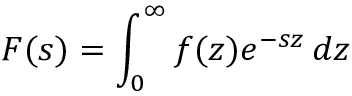
F ( s ) = \int _ { 0 } ^ { \infty } f ( z ) e ^ { - s z } \, d z